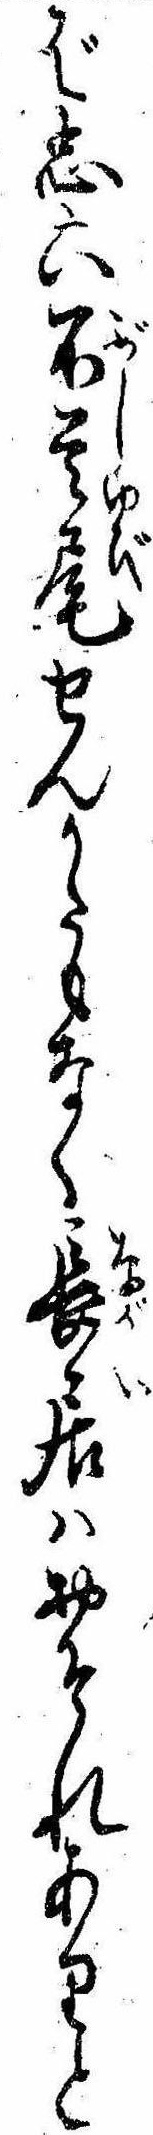
ば忠六不首尾せんかたもなく長居はおそれありと